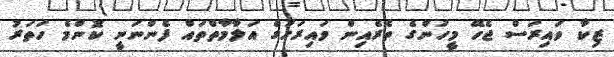
ޒިކާ ވައިރަސް ޖެހޭ މީހުންގެ ތެރެއިން ވައިރަހުގެ އަލާމާތްތައް ފެންނަނީ ކޮންމެ ހަތަރު